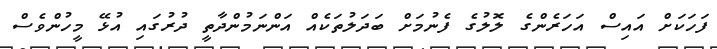
ފަހަކަށް އައިސް އަހަރެންގެ ލޮލުގެ ފެނުމަށް ބަދަލުތަކެއް އަންނަމުންދާތީ ދުރުގައި އުޅޭ މީހުންވެސް